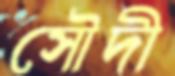
সৌদী